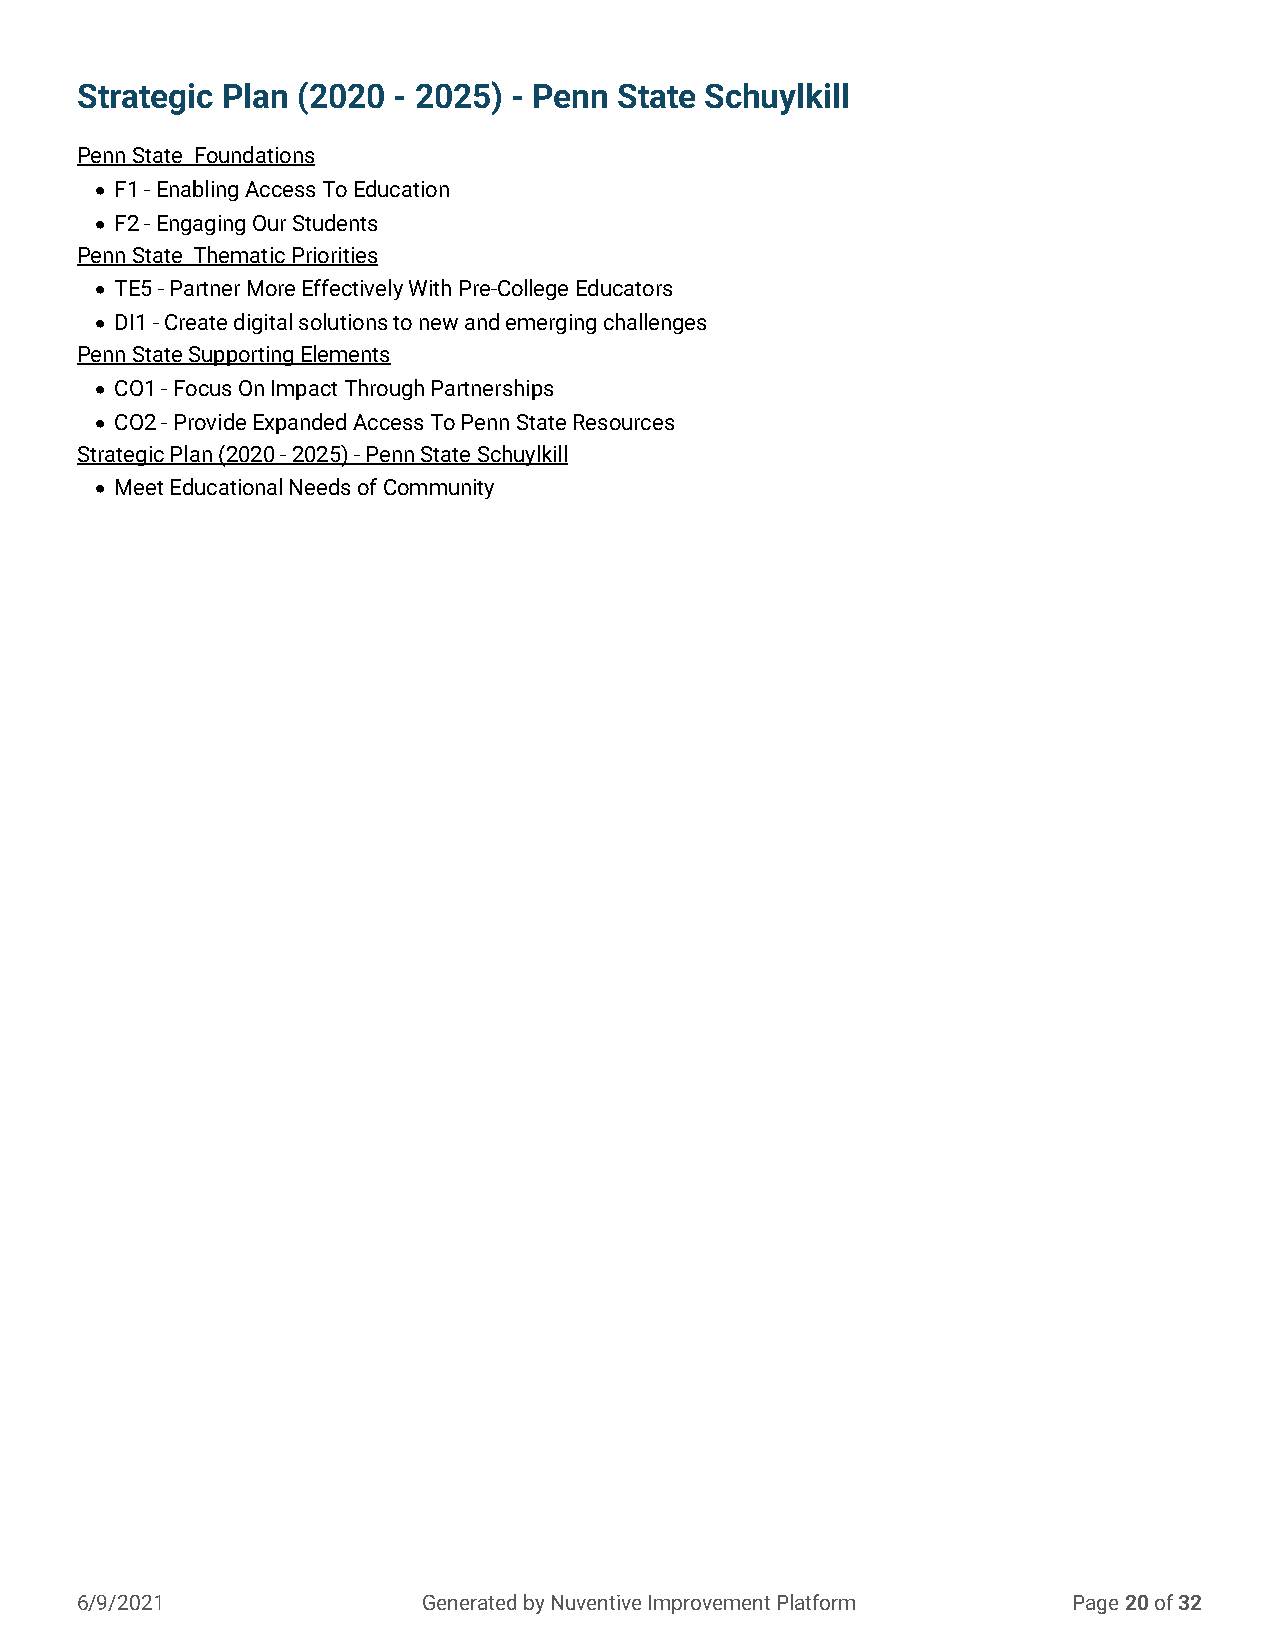
Strategic Plan (2020 - 2025) - Penn State Schuylkill
 Penn State Foundations
 • F1 - Enabling Access To Education
 • F2 - Engaging Our Students
 Penn State Thematic Priorities
 • TE5 - Partner More Effectively With Pre-College Educators
 • DI1 - Create digital solutions to new and emerging challenges
 Penn State Supporting Elements
 • CO1 - Focus On Impact Through Partnerships
 • CO2 - Provide Expanded Access To Penn State Resources
 Strategic Plan (2020 - 2025) - Penn State Schuylkill
 • Meet Educational Needs of Community
 6/9/2021               Generated by Nuventive Improvement Platform Page 20 of 32